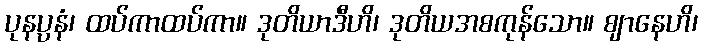
ပုနပ္ပနံ၊ ထပ်ကာထပ်ကာ။ ဒုတိယာဒီဟိ၊ ဒုတိယအစကုန်သော။ ဈာနေဟိ၊